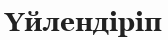
Үйлендіріп